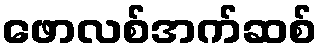
ဖောလစ်အက်ဆစ်